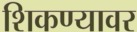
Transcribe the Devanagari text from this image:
शिकण्यावर